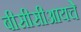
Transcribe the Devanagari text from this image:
बीसीसीआयचे